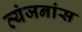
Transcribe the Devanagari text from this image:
व्यंजनांस